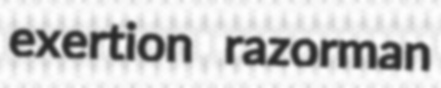
exertion razorman